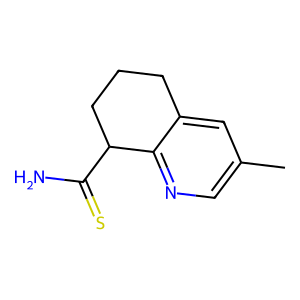
SMILES: Cc1cnc2c(c1)CCCC2C(N)=S
Inhibits HIV replication: No